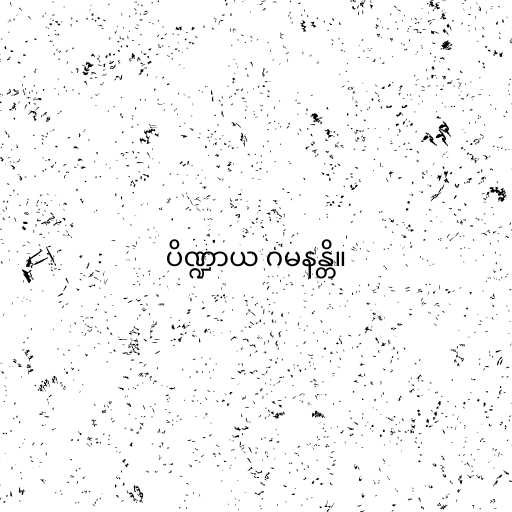
ပိဏ္ဍာယ ဂမနန္တိ။